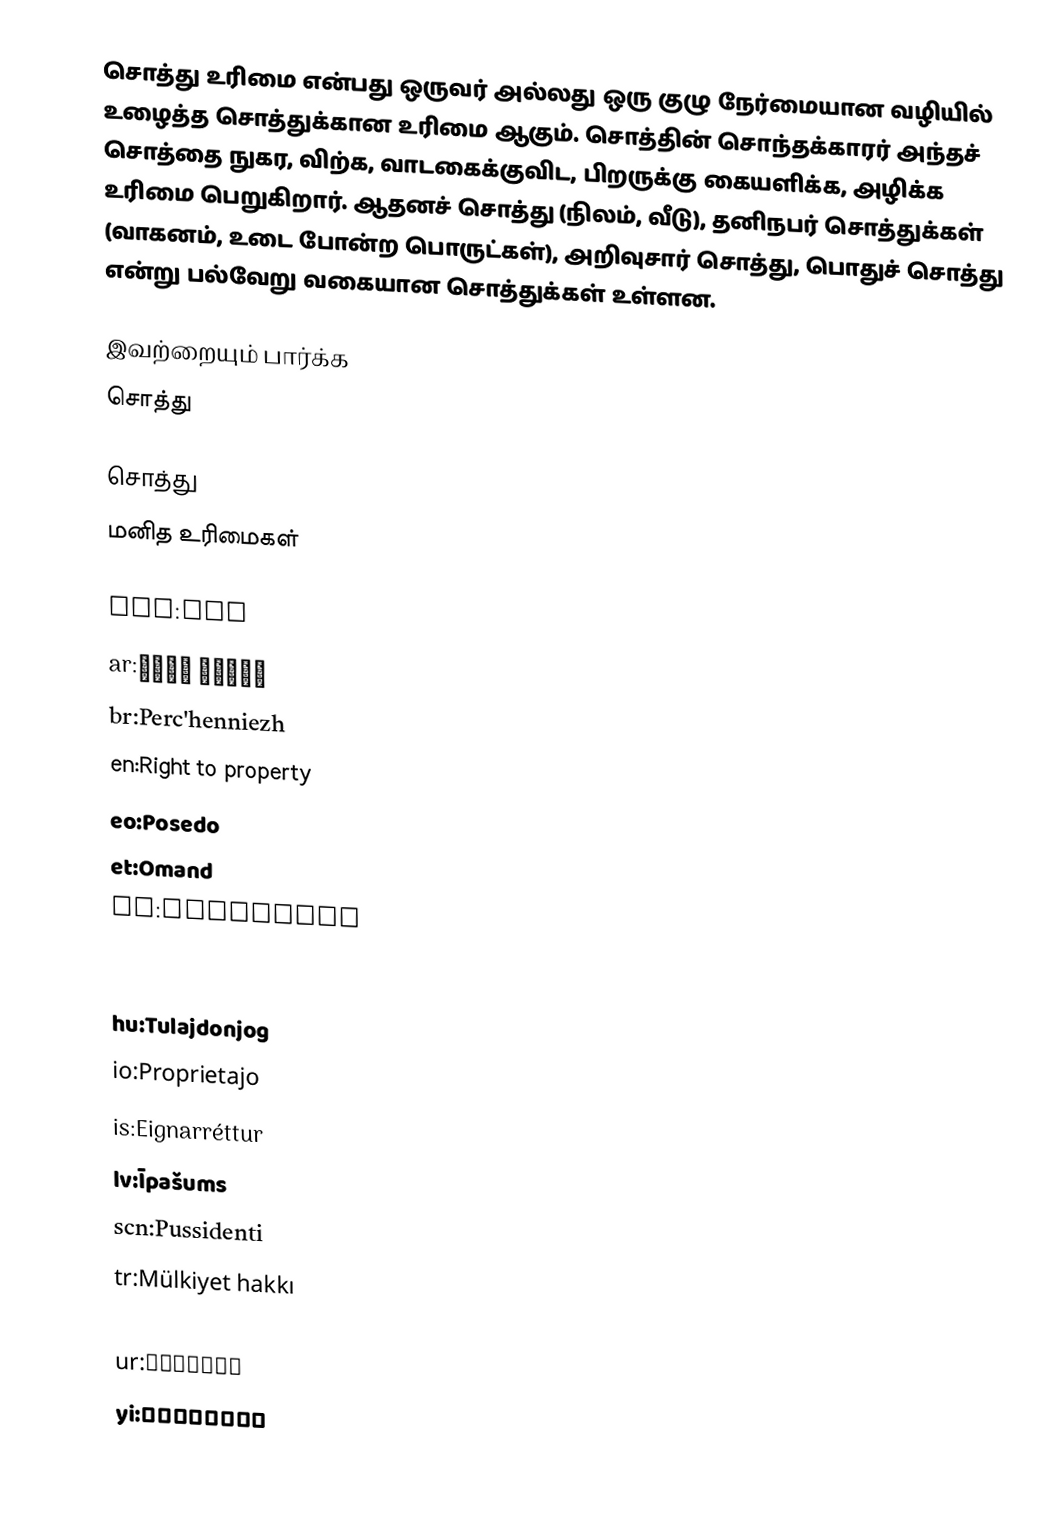
சொத்து உரிமை என்பது ஒருவர் அல்லது ஒரு குழு நேர்மையான வழியில் உழைத்த சொத்துக்கான உரிமை ஆகும். சொத்தின் சொந்தக்காரர் அந்தச் சொத்தை நுகர, விற்க, வாடகைக்குவிட, பிறருக்கு கையளிக்க, அழிக்க உரிமை பெறுகிறார். ஆதனச் சொத்து (நிலம், வீடு), தனிநபர் சொத்துக்கள் (வாகனம், உடை போன்ற பொருட்கள்), அறிவுசார் சொத்து, பொதுச் சொத்து என்று பல்வேறு வகையான சொத்துக்கள் உள்ளன.

இவற்றையும் பார்க்க
 சொத்து

சொத்து
மனித உரிமைகள்

ang:Ǣht
ar:ملكية خاصة
br:Perc'henniezh
en:Right to property
eo:Posedo
et:Omand
fr:Propriété
hi:सम्पत्ति
hr:Pravo vlasništva
hu:Tulajdonjog
io:Proprietajo
is:Eignarréttur
lv:Īpašums
scn:Pussidenti
tr:Mülkiyet hakkı
uk:Майно
ur:جائیداد
yi:אייגנטום